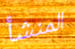
المنشأ